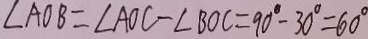
\angle A O B = \angle A O C - \angle B O C = 9 0 ^ { \circ } - 3 0 ^ { \circ } = 6 0 ^ { \circ }